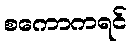
စကောကရင်